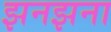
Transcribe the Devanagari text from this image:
झनझना